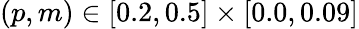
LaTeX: (p,m)\in[0.2,0.5]\times[0.0,0.09]